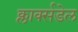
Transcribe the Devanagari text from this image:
क्लार्क्सडेल